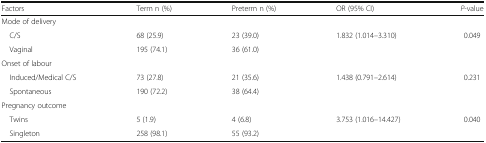
| Factors | Term n (%) | Preterm n (%) | OR (95% CI) | P-value |
 | --- | --- | --- | --- | --- |
 | <COLSPAN=5> Mode of delivery |
 | C/S | 68 (25.9) | 23 (39.0) | 1.832 (1.014–3.310) | 0.049 |
 | Vaginal | 195 (74.1) | 36 (61.0) |  |  |
 | <COLSPAN=5> Onset of labour |
 | Induced/Medical C/S | 73 (27.8) | 21 (35.6) | 1.438 (0.791–2.614) | 0.231 |
 | Spontaneous | 190 (72.2) | 38 (64.4) |  |  |
 | <COLSPAN=5> Pregnancy outcome |
 | Twins | 5 (1.9) | 4 (6.8) | 3.753 (1.016–14.427) | 0.040 |
 | Singleton | 258 (98.1) | 55 (93.2) |  |  |